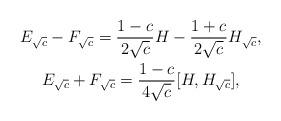
LaTeX: \begin{align*} \begin{gathered}E_{\sqrt{c}}-F_{\sqrt{c}} = \frac{1-c}{2\sqrt{c}} H - \frac{ 1+c}{2\sqrt{c}}H_{\sqrt{c}},\\E_{\sqrt{c}}+F_{\sqrt{c}} = \frac{1-c}{4\sqrt{c}} [H,H_{\sqrt{c}}],\end{gathered}\end{align*}